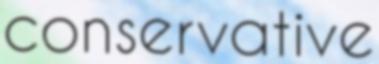
conservative